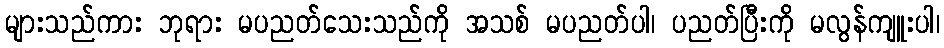
များသည်ကား ဘုရား မပညတ်သေးသည်ကို အသစ် မပညတ်ပါ၊ ပညတ်ပြီးကို မလွန်ကျူးပါ၊